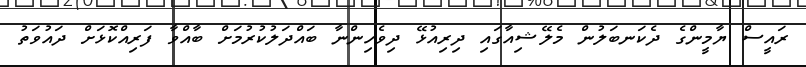
ރައީސް ޔާމީންގެ ދެކަނބަލުން މެލޭޝިއާގައި ދިރިއުޅޭ ދިވެހިންނާ ބައްދަލުކުރުމަށް ބާއްވާ ފަރިއްކޮޅަށް ދައުވަތު